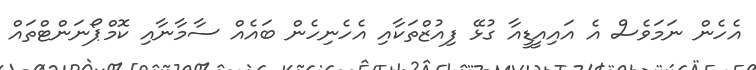
އެހެން ނަމަވެސް އެ އައިއީޑީއާ ގުޅޭ ފިއުޒްތަކާއި އެހެނިހެން ބައެއް ސާމާނާއި ކޮމްޕޯނަންޓްތައް